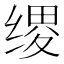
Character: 𫄯